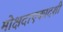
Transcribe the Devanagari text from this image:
मोक्षदाएकादशी